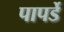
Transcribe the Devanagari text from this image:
पापर्डे